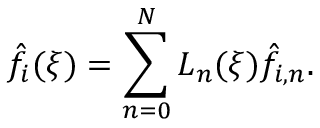
\hat { f } _ { i } ( \xi ) = \sum _ { n = 0 } ^ { N } L _ { n } ( \xi ) \hat { f } _ { i , n } .